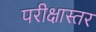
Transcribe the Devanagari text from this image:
परीक्षास्तर